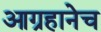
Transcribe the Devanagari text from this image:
आग्रहानेच